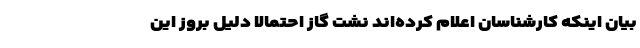
بیان اینکه کارشناسان اعلام کرده‌اند نشت گاز احتمالا دلیل بروز این